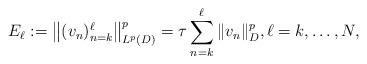
LaTeX: \begin{align*}E_\ell :=\big\|(v_n )_{n=k}^\ell \big\|_{ L^p(D)}^p =\tau\sum_{n=k}^\ell \|v_n\|_{D}^p,\ell=k,\dotsc,N,\end{align*}